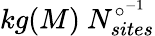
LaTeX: kg(M)\ N_{sites}^{{\circ}^{-1}}